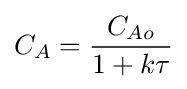
C_{A}={\frac {C_{Ao}}{1+k\tau }}